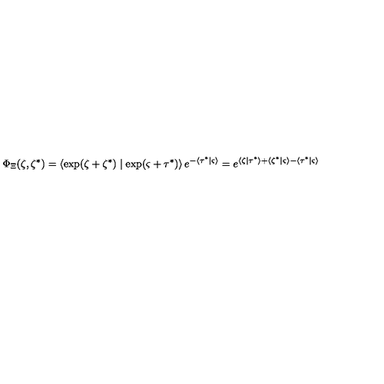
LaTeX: \Phi _ { \Xi } ( \zeta , \zeta ^ { * } ) = \left\langle \exp ( \zeta + \zeta ^ { * } ) \mid \exp ( \varsigma + \tau ^ { * } ) \right\rangle e ^ { - \left\langle \tau ^ { * } \mid \varsigma \right\rangle } = e ^ { \left\langle \zeta \mid \tau ^ { * } \right\rangle + \left\langle \zeta ^ { * } \mid \varsigma \right\rangle - \left\langle \tau ^ { * } \mid \varsigma \right\rangle }